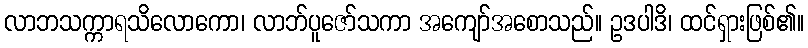
လာဘသက္ကာရသိလောကော၊ လာဘ်ပူဇော်သကာ အကျော်အစောသည်။ ဥဒပါဒိ၊ ထင်ရှားဖြစ်၏။